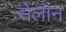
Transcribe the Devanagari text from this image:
सेलॉन